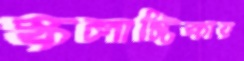
স্কলাস্টিকায়